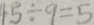
4 5 \div 9 = 5